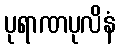
ပုရာဏပုလိနံ